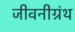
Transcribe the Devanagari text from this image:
जीवनीग्रंथ